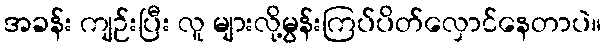
အခန်း ကျဉ်းပြီး လူ များလို့မွန်းကြပ်ပိတ်လှောင်နေတာပဲ။